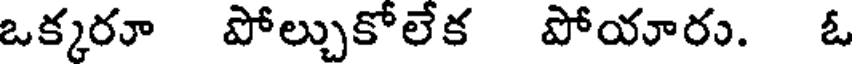
ఒక్కరూ పోల్చుకోలేక పోయారు. ఓ